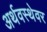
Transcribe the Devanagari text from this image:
अर्थवस्थेवर